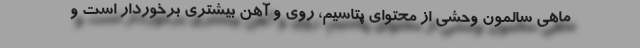
ماهی سالمون وحشی از محتوای پتاسیم، روی و آهن بیشتری برخوردار است و